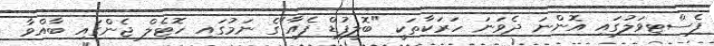
ފެސްޓިވަލުގައި އޮންނަ ދެވަނަ ހަރަކާތަކީ "ބޮލީފުޑް ފެއާ"ގެ ނަމުގައި ހޮޓެލް ޖެންގައި ބާއްވާ